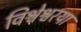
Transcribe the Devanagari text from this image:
विश्वेश्वरया